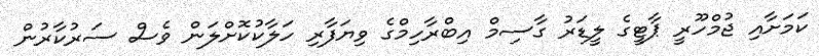
ކަމަށާއި ޖުމްހޫރީ ޕާޓީގެ ލީޑަރު ގާސިމް އިބްރާހިމްގެ ވިޔަފާރި ހަލާކުކޮށްލަން ވެސް ސަރުކާރުން